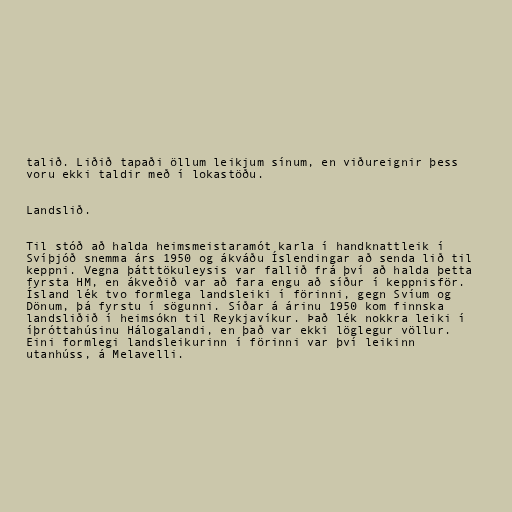
talið. Liðið tapaði öllum leikjum sínum, en viðureignir þess
voru ekki taldir með í lokastöðu.

Landslið.

Til stóð að halda heimsmeistaramót karla í handknattleik í
Svíþjóð snemma árs 1950 og ákváðu Íslendingar að senda lið til
keppni. Vegna þátttökuleysis var fallið frá því að halda þetta
fyrsta HM, en ákveðið var að fara engu að síður í keppnisför.
Ísland lék tvo formlega landsleiki í förinni, gegn Svíum og
Dönum, þá fyrstu í sögunni. Síðar á árinu 1950 kom finnska
landsliðið í heimsókn til Reykjavíkur. Það lék nokkra leiki í
íþróttahúsinu Hálogalandi, en það var ekki löglegur völlur.
Eini formlegi landsleikurinn í förinni var því leikinn
utanhúss, á Melavelli.